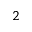
2